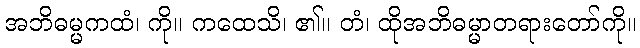
အဘိဓမ္မကထံ၊ ကို။ ကထေသိ၊ ၏။ တံ၊ ထိုအဘိဓမ္မာတရားတော်ကို။